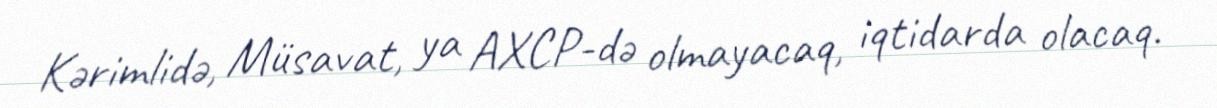
Kərimlidə, Müsavat, ya AXCP-də olmayacaq, iqtidarda olacaq.